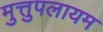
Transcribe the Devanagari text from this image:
मुत्तुपलायम